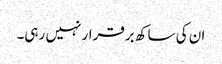
ان کی ساکھ برقرار نہیں رہی۔